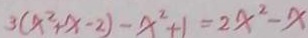
3 ( x ^ { 2 } + x - 2 ) - x ^ { 2 } + 1 = 2 x ^ { 2 } - x